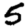
Digit: 5